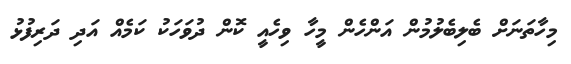
މިހާތަނަށް ބެލިބެލުމުން އަންހެން މީހާ ވިހެއީ ކޮން ދުވަހަކު ކަމެއް އަދި ދަރިފުޅު